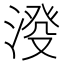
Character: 𣸍